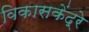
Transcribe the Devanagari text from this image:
विकासकेंद्रे